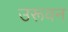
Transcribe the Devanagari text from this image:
उरूवन